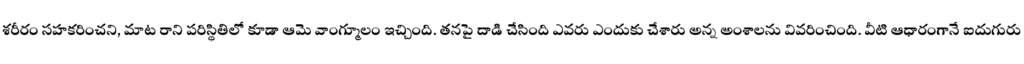
శరీరం సహకరించని, మాట రాని పరిస్థితిలో కూడా ఆమె వాంగ్మూలం ఇచ్చింది. తనపై దాడి చేసింది ఎవరు ఎందుకు చేశారు అన్న అంశాలను వివరించింది. వీటి ఆధారంగానే ఐదుగురు